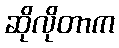
ဆိုလိုတာက